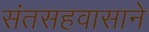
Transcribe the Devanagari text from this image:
संतसहवासाने